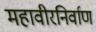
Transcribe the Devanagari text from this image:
महावीरनिर्वाण